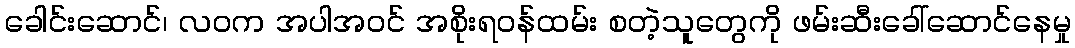
ခေါင်းဆောင်၊ လဝက အပါအဝင် အစိုးရဝန်ထမ်း စတဲ့သူတွေကို ဖမ်းဆီးခေါ်ဆောင်နေမှု